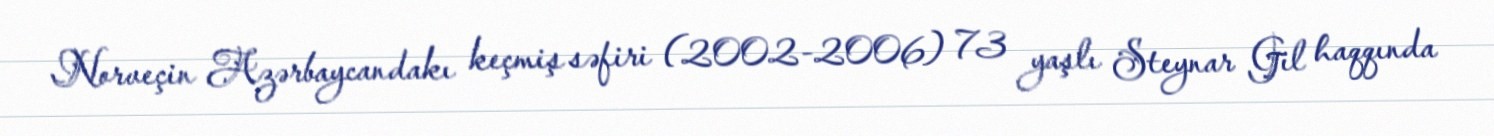
Norveçin Azərbaycandakı keçmiş səfiri (2002-2006) 73 yaşlı Steynar Gil haqqında